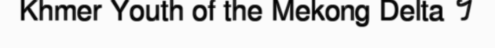
Khmer Youth of the Mekong Delta ។